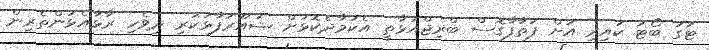
ޓަގު ބޯޓު ކައިރި އަށް ފަތާފާގޮސް ބްރިޖްއަޅާތީ އެކަމާދެކޮޅަށް ޝުއޫރުފާޅުކުރި ދިވެހި ރާޅާއެޅުންތެރިން